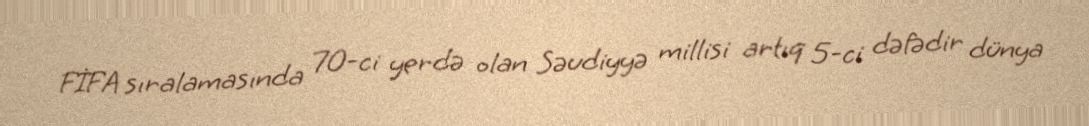
FİFA sıralamasında 70-ci yerdə olan Səudiyyə millisi artıq 5-ci dəfədir dünya